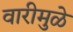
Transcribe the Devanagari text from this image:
वारीमुळे